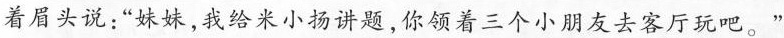
着眉头说:“妹妹，我给米小扬讲题，你领着三个小朋友去客厅玩吧。